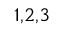
^ { 1 , 2 , 3 }